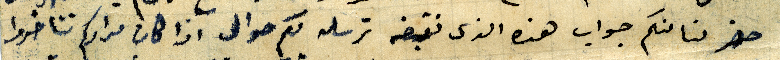
حضر لنا منكم جواب هذه الذى نقبضه نرسله لكم حوالى اذا كان مرادكم تتاخروا